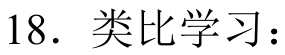
18. 类比学习：